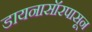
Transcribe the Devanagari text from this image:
डायनासॉरपासून